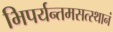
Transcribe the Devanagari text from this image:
भिपर्यन्तमसत्स्थानं